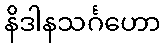
နိဒါနသင်္ဂဟော